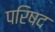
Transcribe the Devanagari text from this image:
परिषद